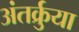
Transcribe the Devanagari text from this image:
अंतर्क्रुया